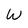
Character: W